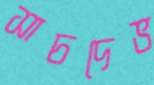
সাচদেভ